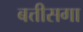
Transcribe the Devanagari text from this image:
बत्तीसगा